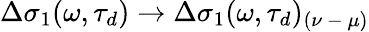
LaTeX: \Delta\sigma_{1}(\omega,\tau_{d})\rightarrow\Delta\sigma_{1}(\omega,\tau_{d})_{(\nu\mathrm{~-~}\mu)}